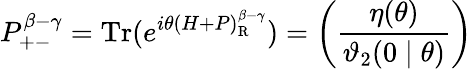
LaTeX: P_{+-}^{\beta-\gamma}=\mathrm{Tr}(e^{i\theta(H+P)_{\mathrm{R}}^{\beta-\gamma}})=\left(\frac{\eta(\theta)}{\mathcal{\vartheta}_{2}(0\mid\theta)}\right)